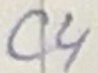
Text: C4